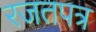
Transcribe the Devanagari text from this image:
रजतपत्र